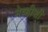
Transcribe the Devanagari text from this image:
नेव्हीशी